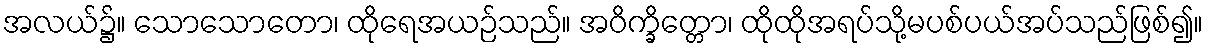
အလယ်၌။ သောသောတော၊ ထိုရေအယဉ်သည်။ အဝိက္ခိတ္တော၊ ထိုထိုအရပ်သို့မပစ်ပယ်အပ်သည်ဖြစ်၍။